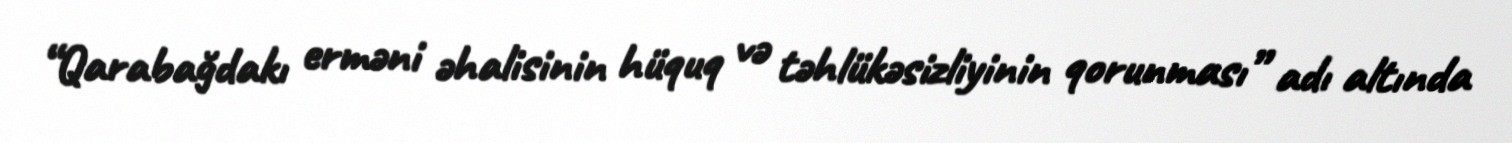
“Qarabağdakı erməni əhalisinin hüquq və təhlükəsizliyinin qorunması” adı altında